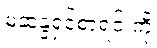
မဲဆန္ဒရှင်စာရင်းကို